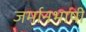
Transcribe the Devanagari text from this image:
जर्मानभाषी